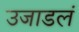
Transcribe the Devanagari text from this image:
उजाडलं